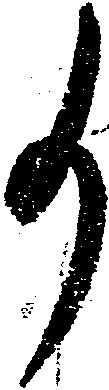
事